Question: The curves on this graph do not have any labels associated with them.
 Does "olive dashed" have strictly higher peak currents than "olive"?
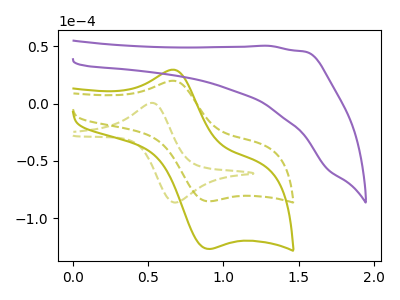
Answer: <think>The olive dashed curve "olive dashed" has an anodic peak at (0.55V, 0.50uA) and a cathodic peak at (0.70V, -86.30uA). The olive curve "olive" has an anodic peak at (0.65V, 29.50uA) and a cathodic peak at (0.90V, -126.65uA). The purple curve "purple" has no peaks. The olive dashed curve "olive dashed" has an anodic peak at (0.65V, 19.85uA) and a cathodic peak at (0.90V, -85.20uA).</think>
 <answer>Every peak in "olive dashed" is lower than every peak in "olive".</answer>
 <eval>lower</eval>